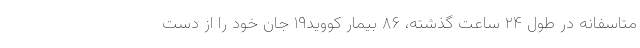
متاسفانه در طول ۲۴ ساعت گذشته، ۸۶ بیمار کووید۱۹ جان خود را از دست